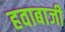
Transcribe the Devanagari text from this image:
हवाबाजी